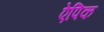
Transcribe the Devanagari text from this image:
ऐपिक